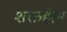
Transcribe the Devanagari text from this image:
शक्तहीन